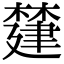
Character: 㯬